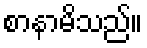
စာနာမိသည်။